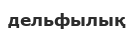
дельфылық